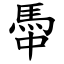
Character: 馽